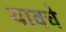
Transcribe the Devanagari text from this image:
यावचे